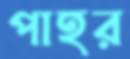
পাহর